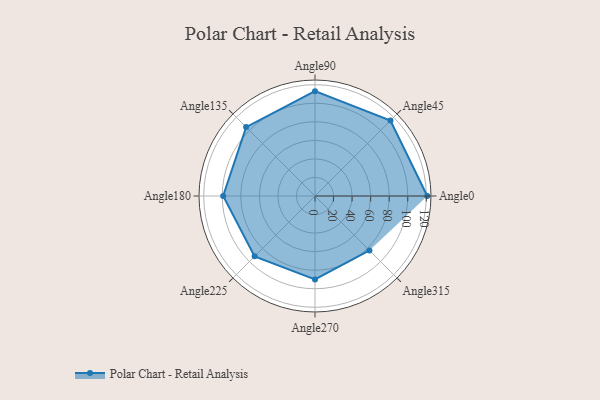
{"axis": {"x": "Angle", "y": "Radius"}, "legend": [""], "data": [{"x": "Angle0", "y": 121.0, "type": ""}, {"x": "Angle45", "y": 115.0, "type": ""}, {"x": "Angle90", "y": 113.0, "type": ""}, {"x": "Angle135", "y": 105.0, "type": ""}, {"x": "Angle180", "y": 99.0, "type": ""}, {"x": "Angle225", "y": 92.0, "type": ""}, {"x": "Angle270", "y": 90.0, "type": ""}, {"x": "Angle315", "y": 83.0, "type": ""}]}